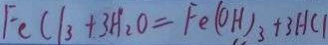
F e C l _ { 3 } + 3 H _ { 2 } O = F e ( O H ) _ { 3 } + 3 H C 1